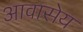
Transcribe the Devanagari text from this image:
आवासेय